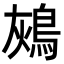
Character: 𪀬